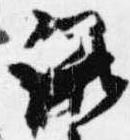
議